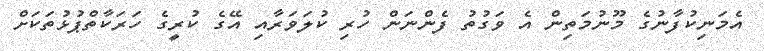
އެމަނިކުފާނުގެ މޫނުމަތިން އެ ވަގުތު ފެންނަން ހުރި ކުލަވަރާއި އޭގެ ކުރީގެ ހަރަކާތްޕުޅުތަކަށް